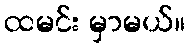
ထမင်း မှာမယ်။